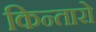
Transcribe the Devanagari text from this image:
किन्तारो